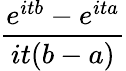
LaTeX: \! \, {\frac{e^{itb}-e^{ita}}{it(b-a)}}